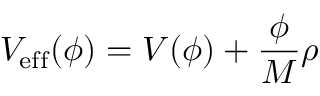
V _ { \mathrm { e f f } } ( \phi ) = V ( \phi ) + \frac { \phi } { M } \rho